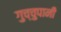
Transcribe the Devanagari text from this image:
गुच्चुपानी